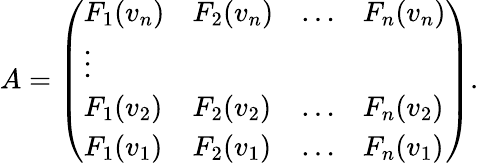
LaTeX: A=\left(\begin{array}{llll}{F_{1}(v_{n})}&{F_{2}(v_{n})}&{\ldots}&{F_{n}(v_{n})}\\ {\vdots}\\ {F_{1}(v_{2})}&{F_{2}(v_{2})}&{\ldots}&{F_{n}(v_{2})}\\ {F_{1}(v_{1})}&{F_{2}(v_{1})}&{\ldots}&{F_{n}(v_{1})}\end{array}\right).